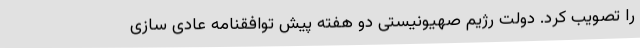
را تصویب کرد. دولت رژیم صهیونیستی دو هفته پیش توافقنامه عادی سازی